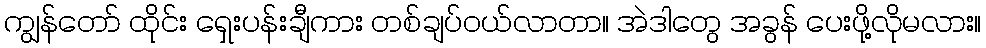
ကျွန်တော် ထိုင်း ရှေးပန်းချီကား တစ်ချပ်ဝယ်လာတာ။ အဲဒါတွေ အခွန် ပေးဖို့လိုမလား။